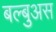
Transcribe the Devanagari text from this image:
बल्बुअस